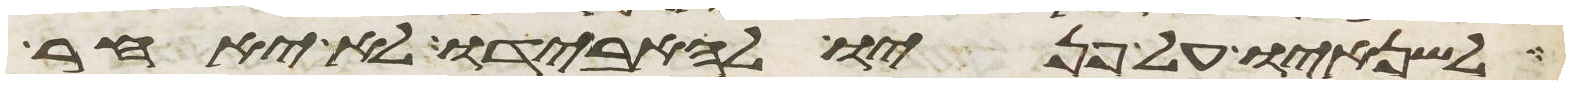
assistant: לשנאיו על פניו להאבידו לא יאחר